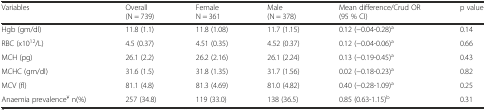
<table><thead><tr><td><b>Variables</b></td><td><b>Overall (N = 739)</b></td><td><b>Female N = 361</b></td><td><b>Male (N = 378)</b></td><td><b>Mean difference/Crud OR (95 % CI)</b></td><td><b>p value</b></td></tr></thead><tbody><tr><td>Hgb (gm/dl)</td><td>11.8 (1.1)</td><td>11.8 (1.08)</td><td>11.7 (1.15)</td><td>0.12 (−0.04-0.28)<sup>a</sup></td><td>0.14</td></tr><tr><td>RBC (x10<sup>12</sup>/L)</td><td>4.5 (0.37)</td><td>4.51 (0.35)</td><td>4.52 (0.37)</td><td>0.12 (−0.04-0.06)<sup>a</sup></td><td>0.66</td></tr><tr><td>MCH (pg)</td><td>26.1 (2.2)</td><td>26.2 (2.16)</td><td>26.1 (2.24)</td><td>0.13 (−0.19-0.45)<sup>a</sup></td><td>0.43</td></tr><tr><td>MCHC (gm/dl)</td><td>31.6 (1.5)</td><td>31.8 (1.35)</td><td>31.7 (1.56)</td><td>0.02 (−0.18-0.23)<sup>a</sup></td><td>0.82</td></tr><tr><td>MCV (fl)</td><td>81.1 (4.8)</td><td>81.3 (4.69)</td><td>81.0 (4.82)</td><td>0.40 (−0.28-1.09)<sup>a</sup></td><td>0.25</td></tr><tr><td>Anaemia prevalence<sup>¥</sup> n(%)</td><td>257 (34.8)</td><td>119 (33.0)</td><td>138 (36.5)</td><td>0.85 (0.63-1.15)<sup>b</sup></td><td>0.31</td></tr></tbody></table>